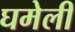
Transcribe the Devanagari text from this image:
घमेली